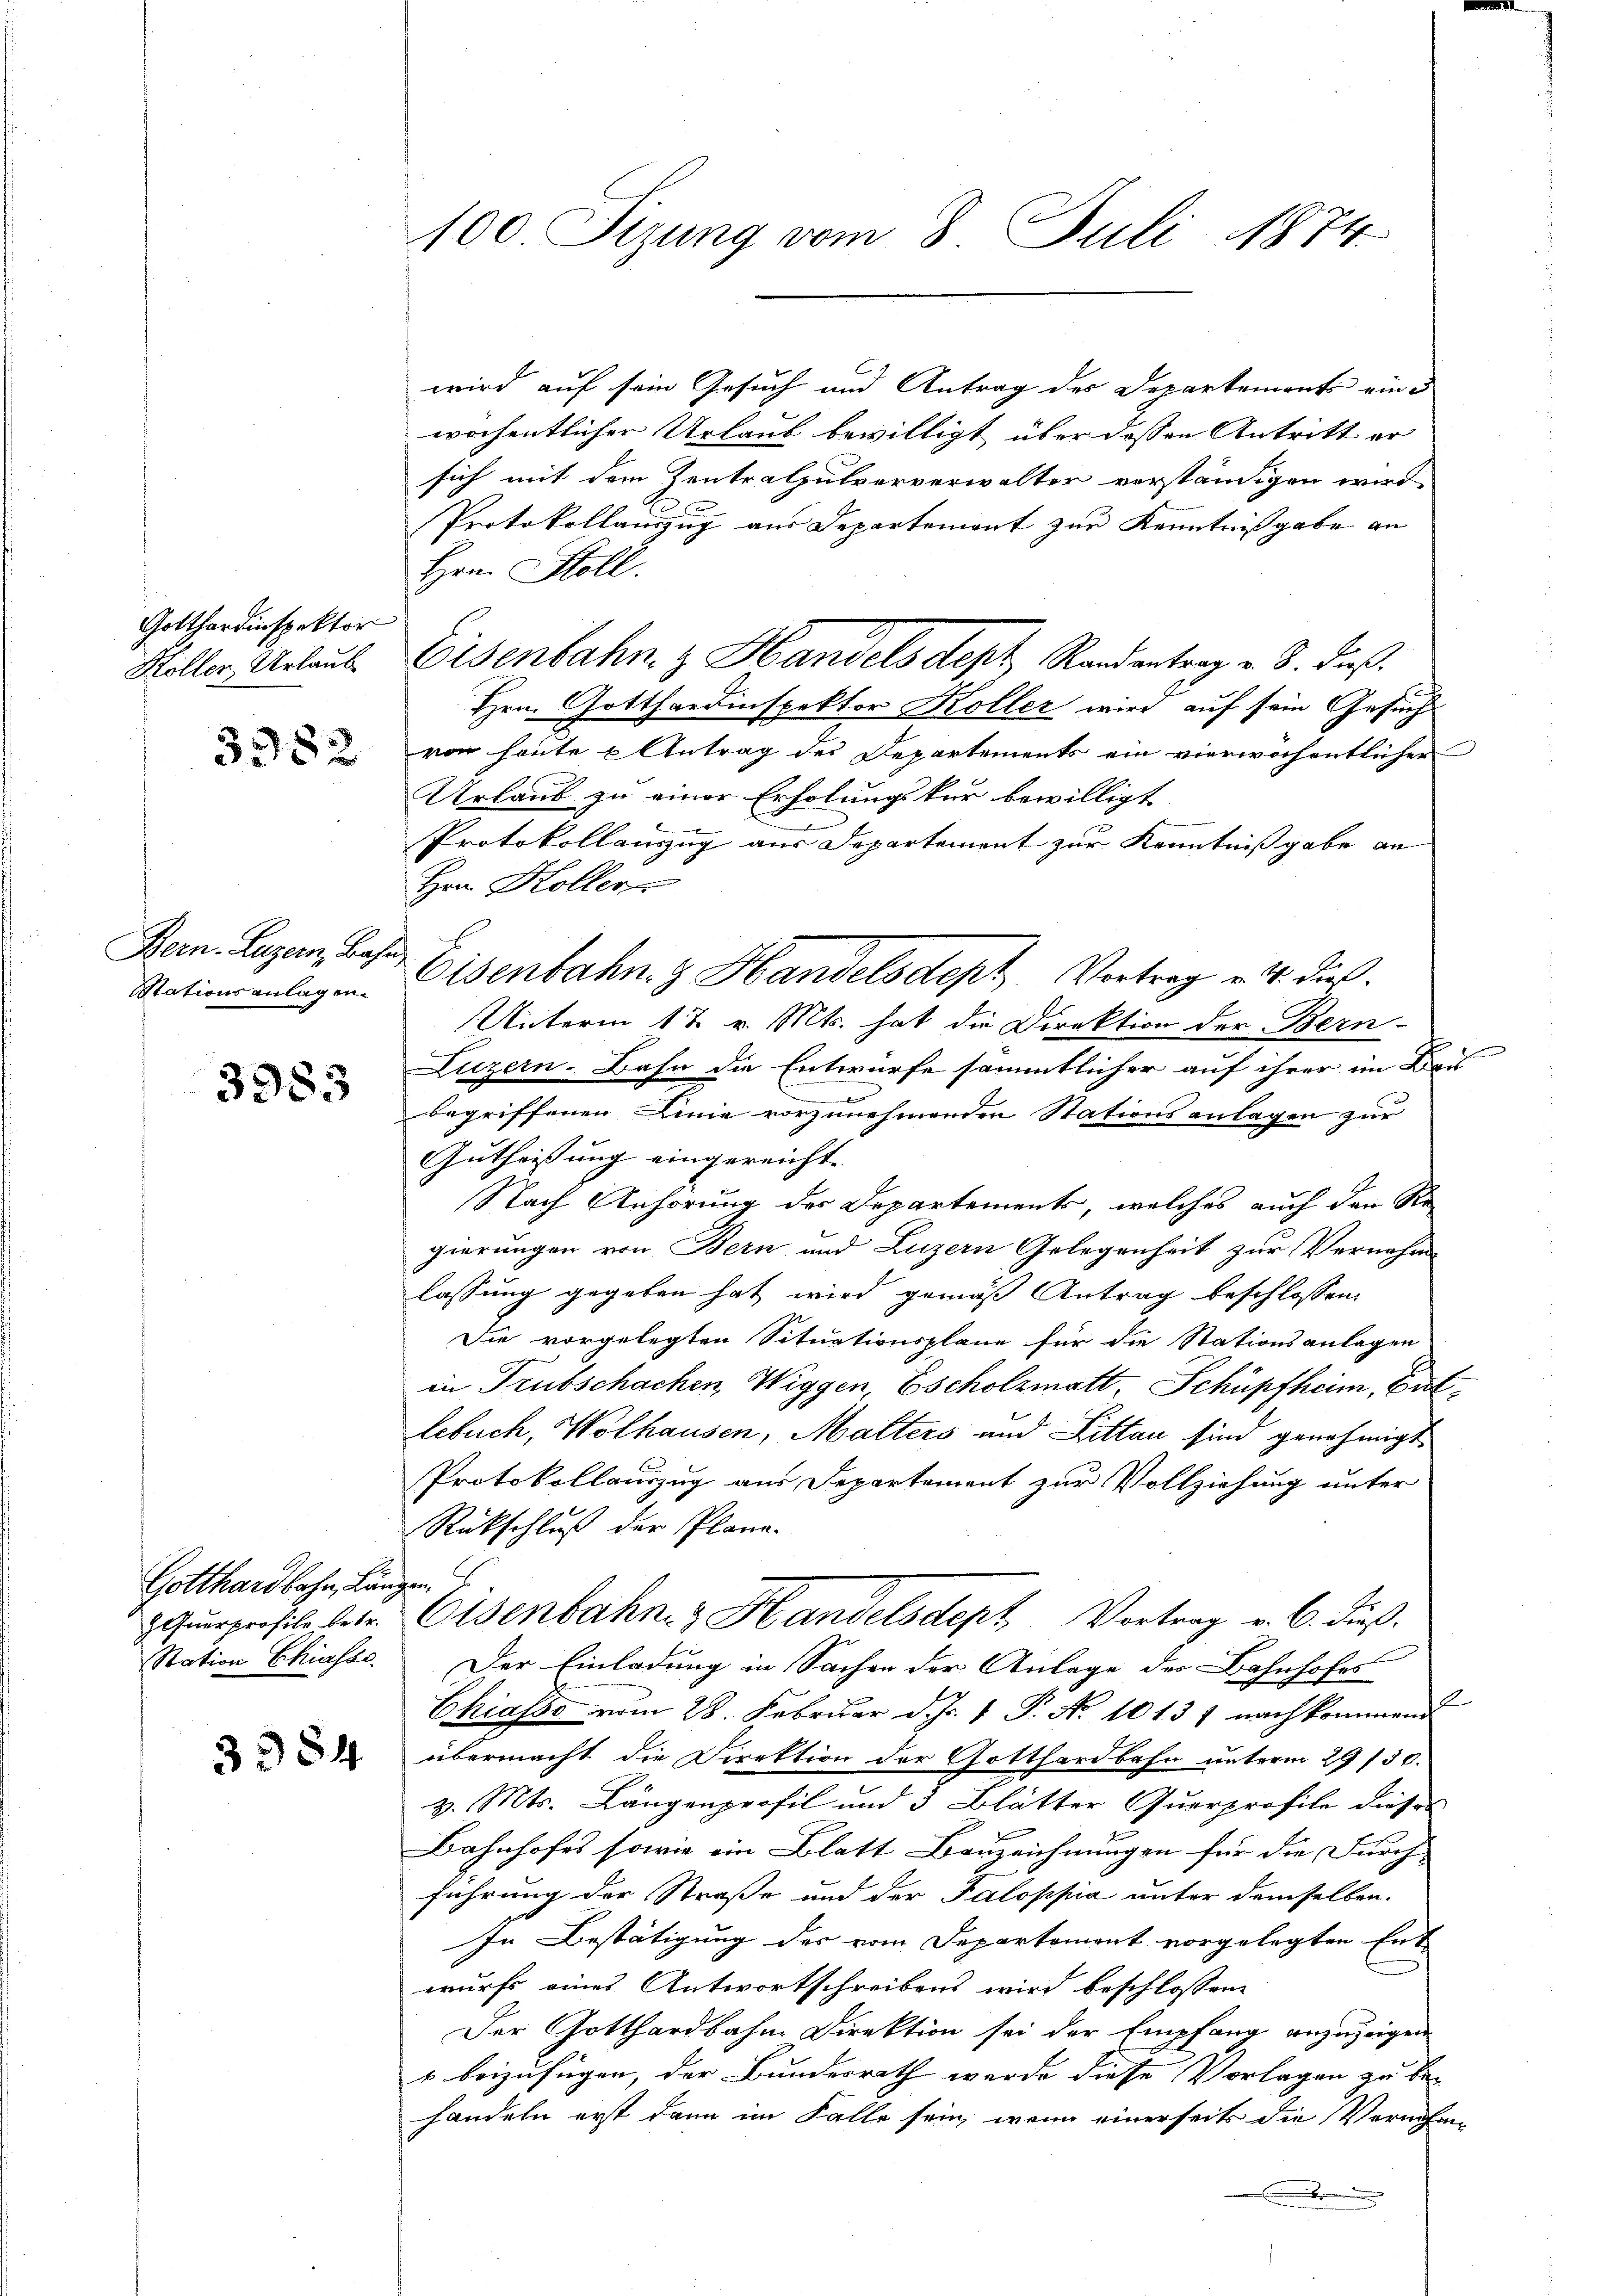
Gotthardinspektor
Koller, Urlaub

5382

Bern. Luzern, Bah¬
Stationsanlagen.

3983

Gotthardbahn, Längen.
 Querprofile betr.
Station Ekiasso

3354

100. Sizung vom 8. Juli 1874.

wird auf sein Gesuch und Antrag des Departements eine
wöchentlicher Urlaub bewilligt über dessen Antritt er
sich mit dem Zentralpulververwalter vorständigen wird
x
Protokollauszug aus Departemont zur Kenntnißgabe an
Hrn. Stoll.
Eisenbahn z Handels dept Randantrag v. 8. dieß.
Hrn. Gotthardinspektor Koller wird auf sein Gesuch
von heute u Antrag des Departements ein vierwöchentlichen
Urlaub zu einer Erholungskur bewilligt
en
Protokollanzug aus Departement zur Kenntnißgabe an
Hrn. Kollen
 Eisenbahn z. Handelsdept Vortrag u. 4. dieß.
Unterm 17. v. Mts. hat die Direktion der Bern-
Luzern-Bahn die Entwürfe sämmtlicher auf ihrer im Beis
begriffenen Linie vorzunehmenden Stationsanlagen zur
Gutheißung eingereicht.
Nach Anhörung der Departements, welches auch den Sor
gierungen von Bern und Luzern Gelegenheit zur Vernahm
lassung gegeben hat wird gemäß Antrag beschlossen,
Die vorgelegten Situationspläne für die Stationsanlagen
in Trubschachen Wiggen, Escholzmatt, Schüpfheim, Gutlebuch, Wolhausen, Malters und Littan sind genehmigt
Protokollauszug aus Departement zur Vollziehung unter
Rückschluß der Plane-
Eisenbahn. Handelsdept Vortrag v. 6. dieß.
Der Einladung in Sachen der Anlage der Bahnhofes
Chiasso vom 28. Februar d. Js. 1 P. Nr. 10137 nachkommend
übermacht die Direktion der Gotthardbahn unterm 29/30.
v. Mts. Längenprofil und 3 Blätter Querprofile dieses
Bahnhofes sowie ein Blatt Bauzeichnungen für die Furch- |
führung der Straße und der Paloppia unter demselben.
In Bestätigung des vom Departement vorgelegten Ent
wurfs eines Antwortschreibens wird beschlossene
Der Gotthardbahn Direktion sei der Empfang anzuzeigen
v beizufügen, der Bundesrath werde diese Vorlagen zu be-
handeln erst dann im Falle sein, wenn einerseits die Vernehme
.